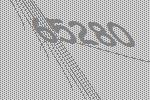
65280